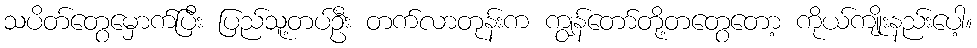
သပိတ်တွေမှောက်ပြီး ပြည်သူ့တပ်ဦး တက်လာတုန်းက ကျွန်တော်တို့တတွေတော့ ကိုယ်ကျိုးနည်းပေါ့။